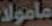
مامولا